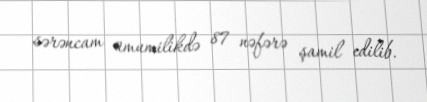
sərəncam ümumilikdə 87 nəfərə şamil edilib.